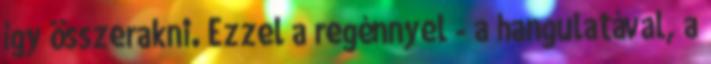
így összerakni. Ezzel a regénnyel - a hangulatával, a